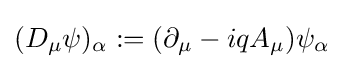
(D_{\mu }\psi )_{\alpha }:=(\partial _{\mu }-iqA_{\mu })\psi _{\alpha }